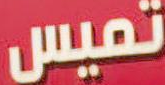
تميس